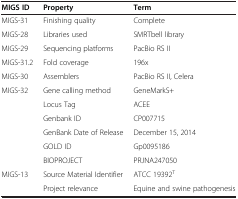
<table><thead><tr><td><b>MIGS ID</b></td><td><b>Property</b></td><td><b>Term</b></td></tr></thead><tbody><tr><td>MIGS-31</td><td>Finishing quality</td><td>Complete</td></tr><tr><td>MIGS-28</td><td>Libraries used</td><td>SMRTbell library</td></tr><tr><td>MIGS-29</td><td>Sequencing platforms</td><td>PacBio RS II</td></tr><tr><td>MIGS-31.2</td><td>Fold coverage</td><td>196x</td></tr><tr><td>MIGS-30</td><td>Assemblers</td><td>PacBio RS II, Celera</td></tr><tr><td>MIGS-32</td><td>Gene calling method</td><td>GeneMarkS+</td></tr><tr><td> </td><td>Locus Tag</td><td>ACEE</td></tr><tr><td> </td><td>Genbank ID</td><td>CP007715</td></tr><tr><td> </td><td>GenBank Date of Release</td><td>December 15, 2014</td></tr><tr><td> </td><td>GOLD ID</td><td>Gp0095186</td></tr><tr><td> </td><td>BIOPROJECT</td><td>PRJNA247050</td></tr><tr><td>MIGS-13</td><td>Source Material Identifier</td><td>ATCC 19392<sup>T</sup></td></tr><tr><td> </td><td>Project relevance</td><td>Equine and swine pathogenesis</td></tr></tbody></table>